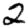
Digit: 2